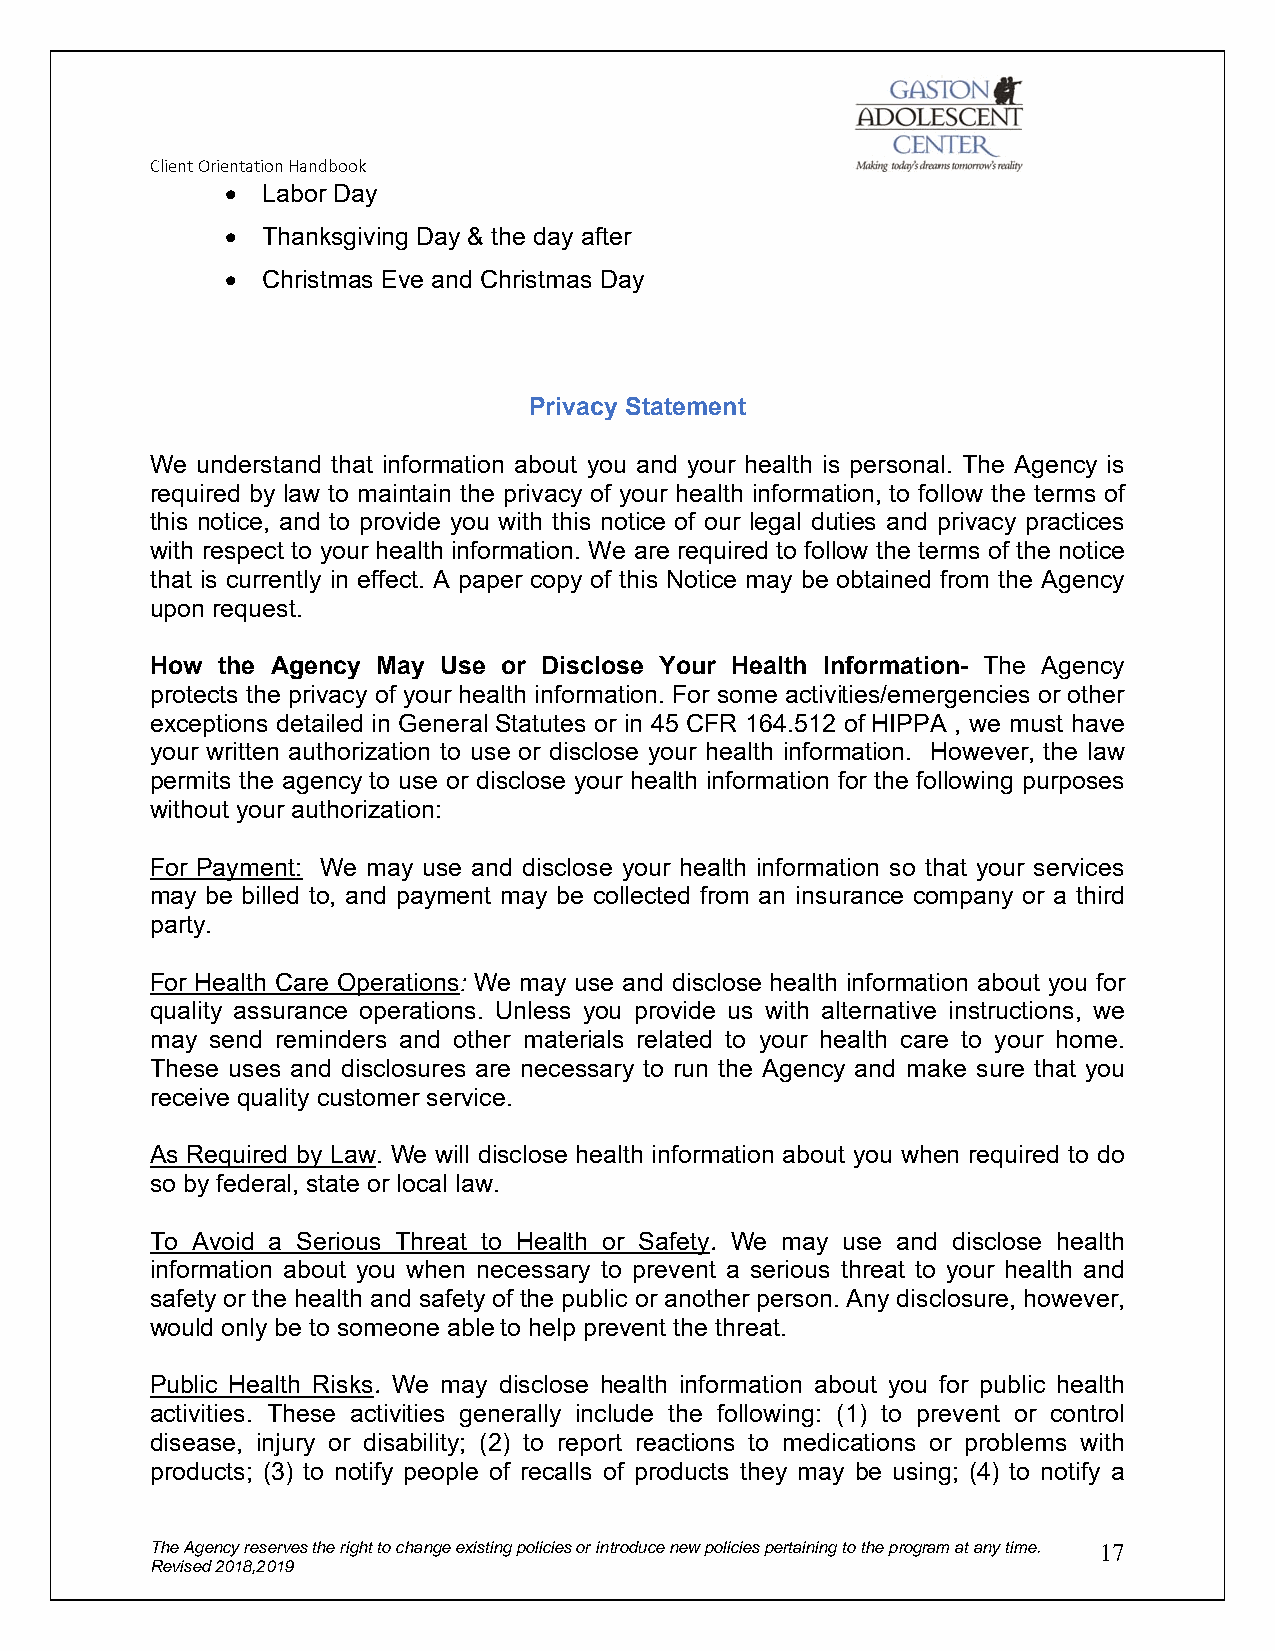
Client Orientation Handbook
  Labor Day
  Thanksgiving Day & the day after
  Christmas Eve and Christmas Day
 Privacy Statement
 We understand that information about you and your health is personal. The Agency is
 required by law to maintain the privacy of your health information, to follow the terms of
 this notice, and to provide you with this notice of our legal duties and privacy practices
 with respect to your health information. We are required to follow the terms of the notice
 that is currently in effect. A paper copy of this Notice may be obtained from the Agency
 upon request.
 How the Agency May Use or Disclose Your Health Information- The Agency
 protects the privacy of your health information. For some activities/emergencies or other
 exceptions detailed in General Statutes or in 45 CFR 164.512 of HIPPA , we must have
 your written authorization to use or disclose your health information. However, the law
 permits the agency to use or disclose your health information for the following purposes
 without your authorization:
 For Payment: We may use and disclose your health information so that your services
 may be billed to, and payment may be collected from an insurance company or a third
 party.
 For Health Care Operations: We may use and disclose health information about you for
 quality assurance operations. Unless you provide us with alternative instructions, we
 may send reminders and other materials related to your health care to your home.
 These uses and disclosures are necessary to run the Agency and make sure that you
 receive quality customer service.
 As Required by Law. We will disclose health information about you when required to do
 so by federal, state or local law.
 To Avoid a Serious Threat to Health or Safety. We may use and disclose health
 information about you when necessary to prevent a serious threat to your health and
 safety or the health and safety of the public or another person. Any disclosure, however,
 would only be to someone able to help prevent the threat.
 Public Health Risks. We may disclose health information about you for public health
 activities. These activities generally include the following: (1) to prevent or control
 disease, injury or disability; (2) to report reactions to medications or problems with
 products; (3) to notify people of recalls of products they may be using; (4) to notify a
 The Agency reserves the right to change existing policies or introduce new policies pertaining to the program at any time. 17
 Revised 2018,2019